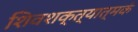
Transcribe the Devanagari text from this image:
शिवशक्त्यात्मकं